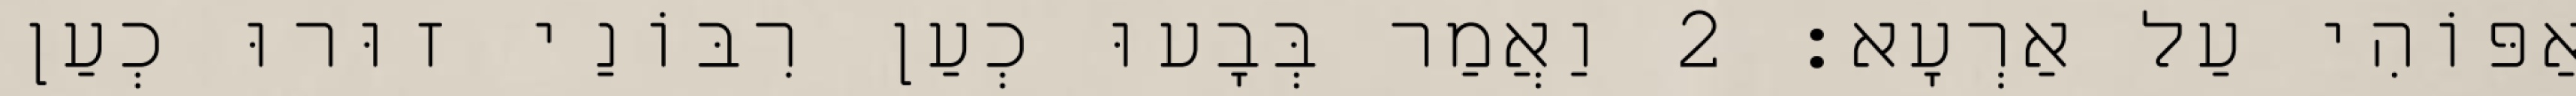
אַפּוֹהִי עַל אַרְעָא׃ 2 וַאֲמַר בְּבָעוּ כְעַן רִבּוֹנַי זוּרוּ כְעַן